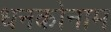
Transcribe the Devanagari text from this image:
धनकोनाम